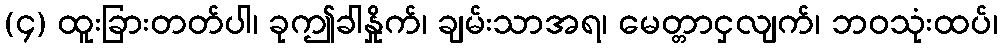
(၄) ထူးခြားတတ်ပါ၊ ခုဤခါနှိုက်၊ ချမ်းသာအရ၊ မေတ္တာငှလျက်၊ ဘဝသုံးထပ်၊